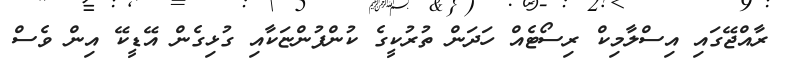
ރާއްޖޭގައި އިސްލާމިކް ރިސޯޓެއް ހަދަން ތުރުކީގެ ކުންފުންޏަކާއި ގުޅިގެން އޭޑީކޭ އިން ވެސް